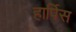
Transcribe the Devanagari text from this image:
हार्पिस